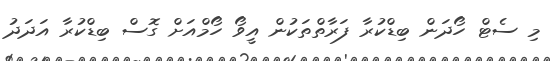
މި ސެޓް ހޯދަން ބިޑްކުރާ ފަރާތްތަކުން އީވޯ ހޯމްއަށް ގޮސް ބިޑްކުރާ އަދަދު